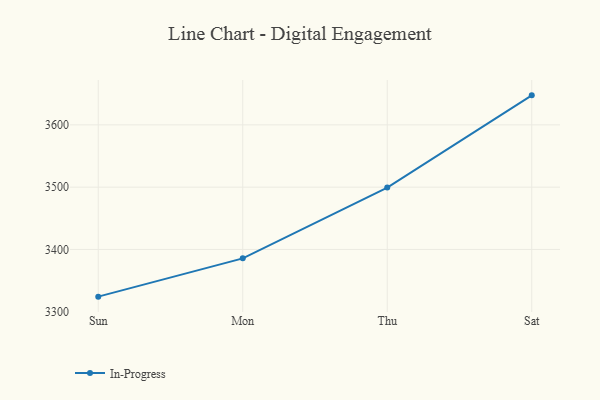
{"axis": {"x": "Day", "y": "Budget (USD K)"}, "legend": ["In-Progress"], "data": [{"x": "Sun", "y": 3324.2, "type": "In-Progress"}, {"x": "Mon", "y": 3385.7, "type": "In-Progress"}, {"x": "Thu", "y": 3499.4, "type": "In-Progress"}, {"x": "Sat", "y": 3647.4, "type": "In-Progress"}]}